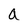
Character: a